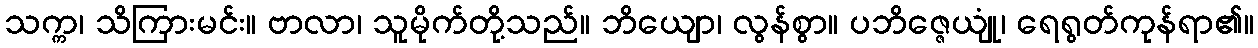
သက္က၊ သိကြားမင်း။ ဗာလာ၊ သူမိုက်တို့သည်။ ဘိယျော၊ လွန်စွာ။ ပဘိဇ္ဇေယျုံ၊ ရေရွတ်ကုန်ရာ၏။